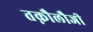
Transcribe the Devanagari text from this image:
तक्नौलौजी